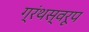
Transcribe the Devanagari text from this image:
ग्रंथस्वरूप